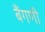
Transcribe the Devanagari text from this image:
बैंगणी